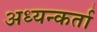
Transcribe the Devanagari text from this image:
अध्यन्कर्ता